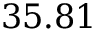
3 5 . 8 1